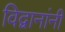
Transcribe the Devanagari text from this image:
विद्वानांनीं